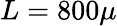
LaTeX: L=800\mu